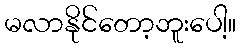
မလာနိုင်တော့ဘူးပေါ့။